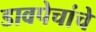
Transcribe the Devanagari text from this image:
डावपेचांचे